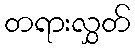
တရားလွှတ်